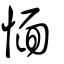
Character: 愐